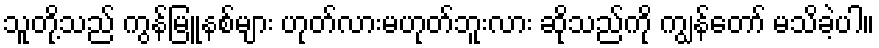
သူတို့သည် ကွန်မြူနစ်များ ဟုတ်လားမဟုတ်ဘူးလား ဆိုသည်ကို ကျွန်တော် မသိခဲ့ပါ။